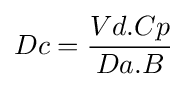
Dc={\frac {Vd.Cp}{Da.B}}